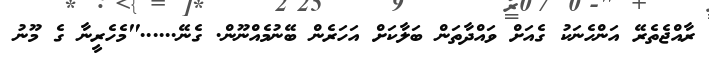
ރާއްޖެތެރޭ އަންހެނަކު ގެއަށް ވައްދާތަން ބަލާކަށް އަހަރެން ބޭނުމެއްނޫން. ގެނޭ......"މެހެރީނާ ގެ މޫނު